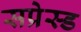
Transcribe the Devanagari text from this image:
सप्रेस्ड